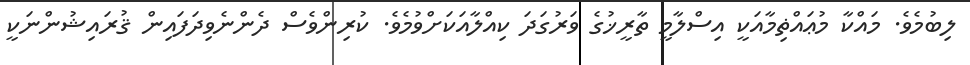
ލިބުމެވެ. މައްކާ މުޢައްޡިމާއަކީ އިސްލާމީ ތާރީޚުގެ ވަރުގަދަ ކިއްލާއަކަށްވުމެވެ. ކުރިންވެސް ދެންނެވިދަފައިން ޤުރައިޝުންނަކީ